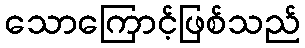
သောကြောင့်ဖြစ်သည်